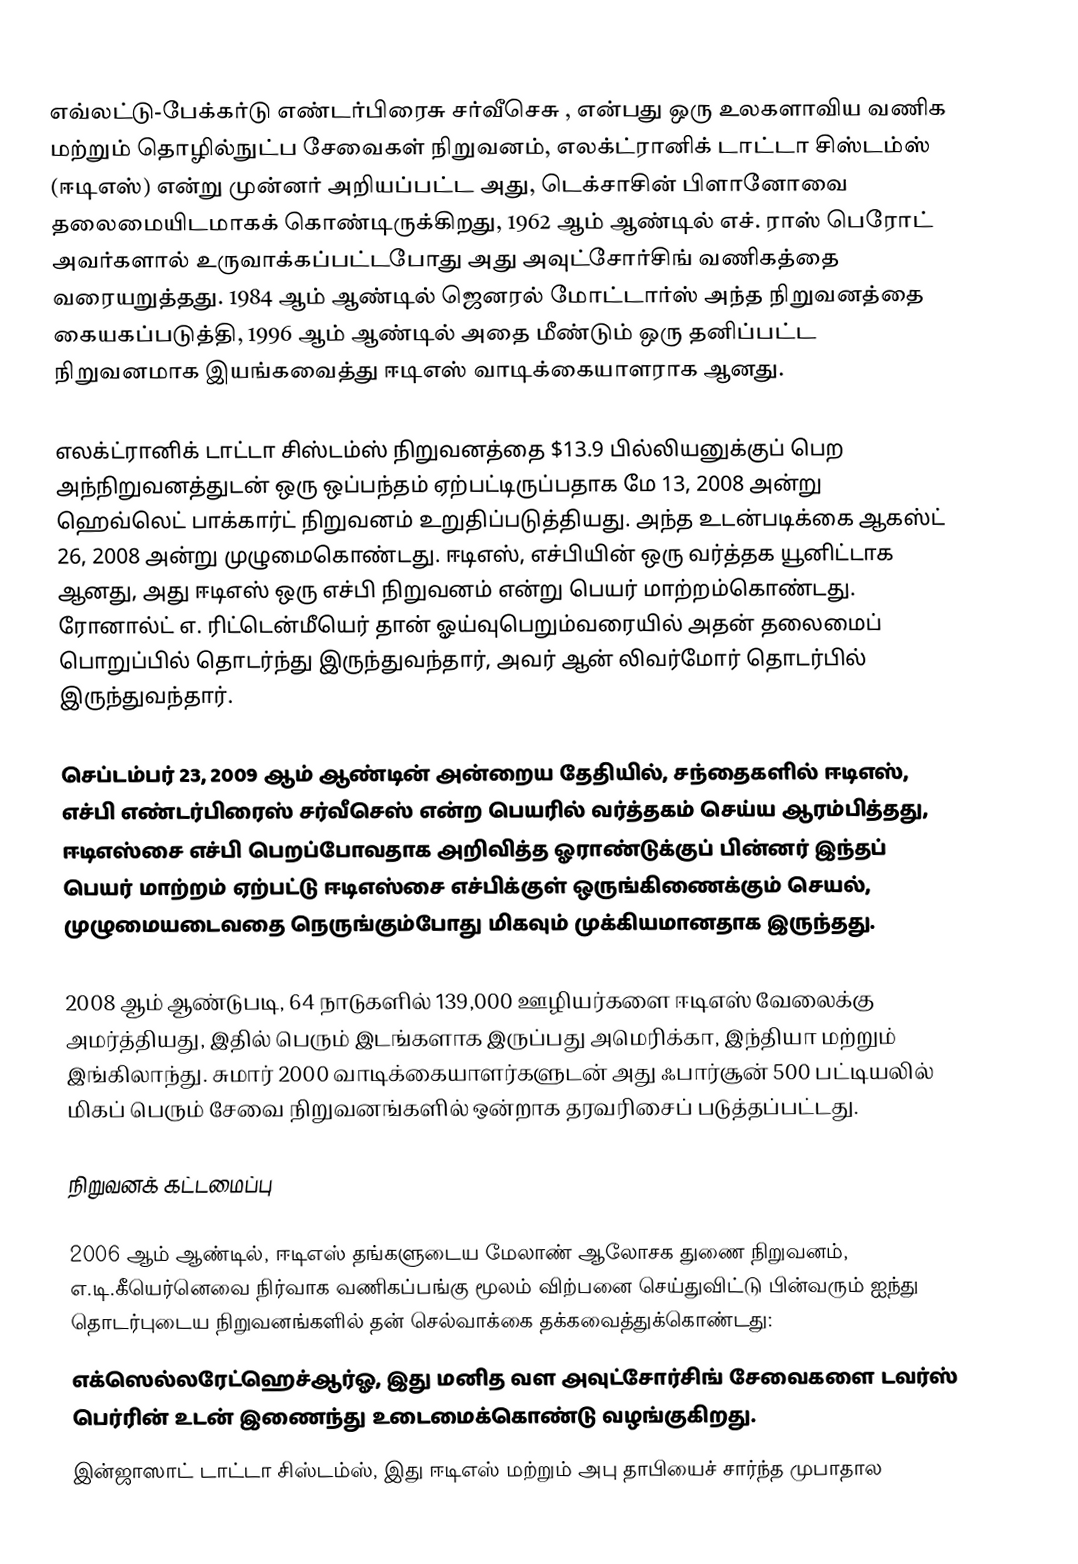
எவ்லட்டு-பேக்கர்டு எண்டர்பிரைசு சர்வீசெசு , என்பது ஒரு உலகளாவிய வணிக மற்றும் தொழில்நுட்ப சேவைகள் நிறுவனம், எலக்ட்ரானிக் டாட்டா சிஸ்டம்ஸ் (ஈடிஎஸ்) என்று முன்னர் அறியப்பட்ட அது, டெக்சாசின் பிளானோவை தலைமையிடமாகக் கொண்டிருக்கிறது, 1962 ஆம் ஆண்டில் எச். ராஸ் பெரோட் அவர்களால் உருவாக்கப்பட்டபோது அது அவுட்சோர்சிங் வணிகத்தை வரையறுத்தது. 1984 ஆம் ஆண்டில் ஜெனரல் மோட்டார்ஸ் அந்த நிறுவனத்தை கையகப்படுத்தி, 1996 ஆம் ஆண்டில் அதை மீண்டும் ஒரு தனிப்பட்ட நிறுவனமாக இயங்கவைத்து ஈடிஎஸ் வாடிக்கையாளராக ஆனது.

எலக்ட்ரானிக் டாட்டா சிஸ்டம்ஸ் நிறுவனத்தை $13.9 பில்லியனுக்குப் பெற அந்நிறுவனத்துடன் ஒரு ஒப்பந்தம் ஏற்பட்டிருப்பதாக மே 13, 2008 அன்று ஹெவ்லெட் பாக்கார்ட் நிறுவனம் உறுதிப்படுத்தியது. அந்த உடன்படிக்கை ஆகஸ்ட் 26, 2008 அன்று முழுமைகொண்டது. ஈடிஎஸ், எச்பியின் ஒரு வர்த்தக யூனிட்டாக ஆனது, அது ஈடிஎஸ் ஒரு எச்பி நிறுவனம் என்று பெயர் மாற்றம்கொண்டது. ரோனால்ட் எ. ரிட்டென்மீயெர் தான் ஓய்வுபெறும்வரையில் அதன் தலைமைப் பொறுப்பில் தொடர்ந்து இருந்துவந்தார், அவர் ஆன் லிவர்மோர் தொடர்பில் இருந்துவந்தார்.

செப்டம்பர் 23, 2009 ஆம் ஆண்டின் அன்றைய தேதியில், சந்தைகளில் ஈடிஎஸ், எச்பி எண்டர்பிரைஸ் சர்வீசெஸ் என்ற பெயரில் வர்த்தகம் செய்ய ஆரம்பித்தது, ஈடிஎஸ்சை எச்பி பெறப்போவதாக அறிவித்த ஓராண்டுக்குப் பின்னர் இந்தப் பெயர் மாற்றம் ஏற்பட்டு ஈடிஎஸ்சை எச்பிக்குள் ஒருங்கிணைக்கும் செயல், முழுமையடைவதை நெருங்கும்போது மிகவும் முக்கியமானதாக இருந்தது.

2008 ஆம் ஆண்டுபடி, 64 நாடுகளில் 139,000 ஊழியர்களை ஈடிஎஸ் வேலைக்கு அமர்த்தியது, இதில் பெரும் இடங்களாக இருப்பது அமெரிக்கா, இந்தியா மற்றும் இங்கிலாந்து. சுமார் 2000 வாடிக்கையாளர்களுடன் அது ஃபார்சூன் 500 பட்டியலில் மிகப் பெரும் சேவை நிறுவனங்களில் ஒன்றாக தரவரிசைப் படுத்தப்பட்டது.

நிறுவனக் கட்டமைப்பு

2006 ஆம் ஆண்டில், ஈடிஎஸ் தங்களுடைய மேலாண் ஆலோசக துணை நிறுவனம், எ.டி.கீயெர்னெவை நிர்வாக வணிகப்பங்கு மூலம் விற்பனை செய்துவிட்டு பின்வரும் ஐந்து தொடர்புடைய நிறுவனங்களில் தன் செல்வாக்கை தக்கவைத்துக்கொண்டது:
 எக்ஸெல்லரேட்ஹெச்ஆர்ஓ, இது மனித வள அவுட்சோர்சிங் சேவைகளை டவர்ஸ் பெர்ரின் உடன் இணைந்து உடைமைக்கொண்டு வழங்குகிறது.
 இன்ஜாஸாட் டாட்டா சிஸ்டம்ஸ், இது ஈடிஎஸ் மற்றும் அபு தாபியைச் சார்ந்த முபாதால